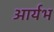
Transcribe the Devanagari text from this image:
आर्यभ